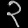
Digit: ၃